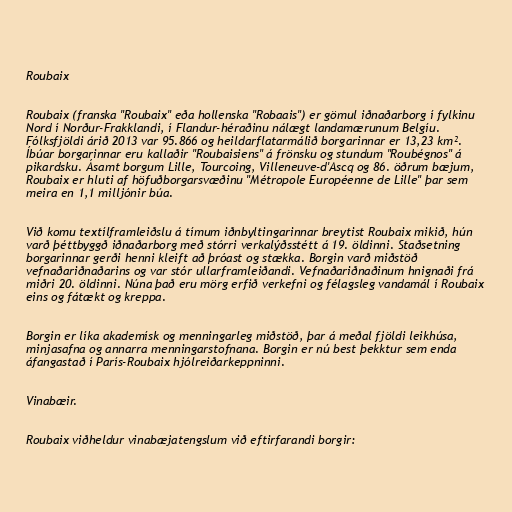
Roubaix

Roubaix (franska "Roubaix" eða hollenska "Robaais") er gömul iðnaðarborg í fylkinu
Nord í Norður-Frakklandi, í Flandur-héraðinu nálægt landamærunum Belgíu.
Fólksfjöldi árið 2013 var 95.866 og heildarflatarmálið borgarinnar er 13,23 km².
Íbúar borgarinnar eru kallaðir "Roubaisiens" á frönsku og stundum "Roubégnos" á
pikardsku. Ásamt borgum Lille, Tourcoing, Villeneuve-d'Ascq og 86. öðrum bæjum,
Roubaix er hluti af höfuðborgarsvæðinu "Métropole Européenne de Lille" þar sem
meira en 1,1 milljónir búa.

Við komu textílframleiðslu á tímum iðnbyltingarinnar breytist Roubaix mikið, hún
varð þéttbyggð iðnaðarborg með stórri verkalýðsstétt á 19. öldinni. Staðsetning
borgarinnar gerði henni kleift að þróast og stækka. Borgin varð miðstöð
vefnaðariðnaðarins og var stór ullarframleiðandi. Vefnaðariðnaðinum hnignaði frá
miðri 20. öldinni. Núna það eru mörg erfið verkefni og félagsleg vandamál í Roubaix
eins og fátækt og kreppa.

Borgin er líka akademísk og menningarleg miðstöð, þar á meðal fjöldi leikhúsa,
minjasafna og annarra menningarstofnana. Borgin er nú best þekktur sem enda
áfangastað í París-Roubaix hjólreiðarkeppninni.

Vinabæir.

Roubaix viðheldur vinabæjatengslum við eftirfarandi borgir: